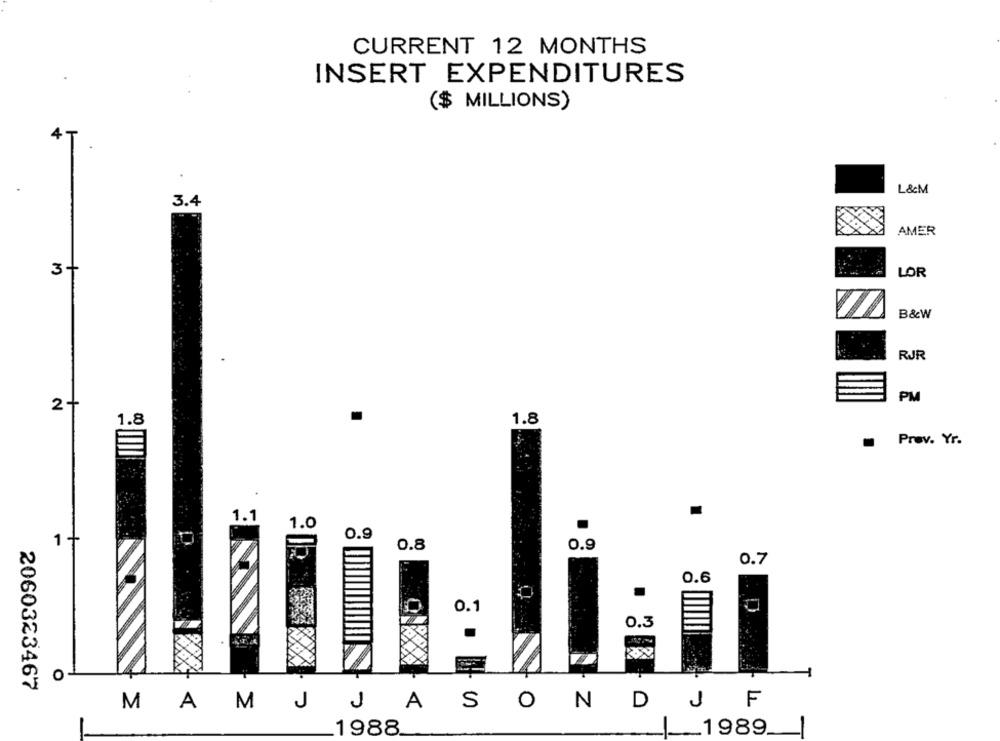
CURRENT 12 MONTHS
INSERT EXPENDITURES
($ MILLIONS)
L&M
3.4
AMER
3+
LOR
B&W
RJR
PM
2+
1.8
1.8
.
Prev. Yr.
1.1
1.0
0.9
1 -
0.8
0.9
0.7
0.6
0.1
0.3
O
2060323467
S
O
N
D
J
F
MAMJ
A
1988
1989